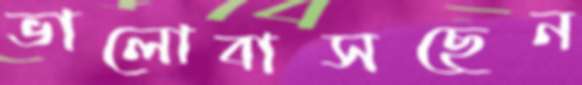
ভালোবাসছেন